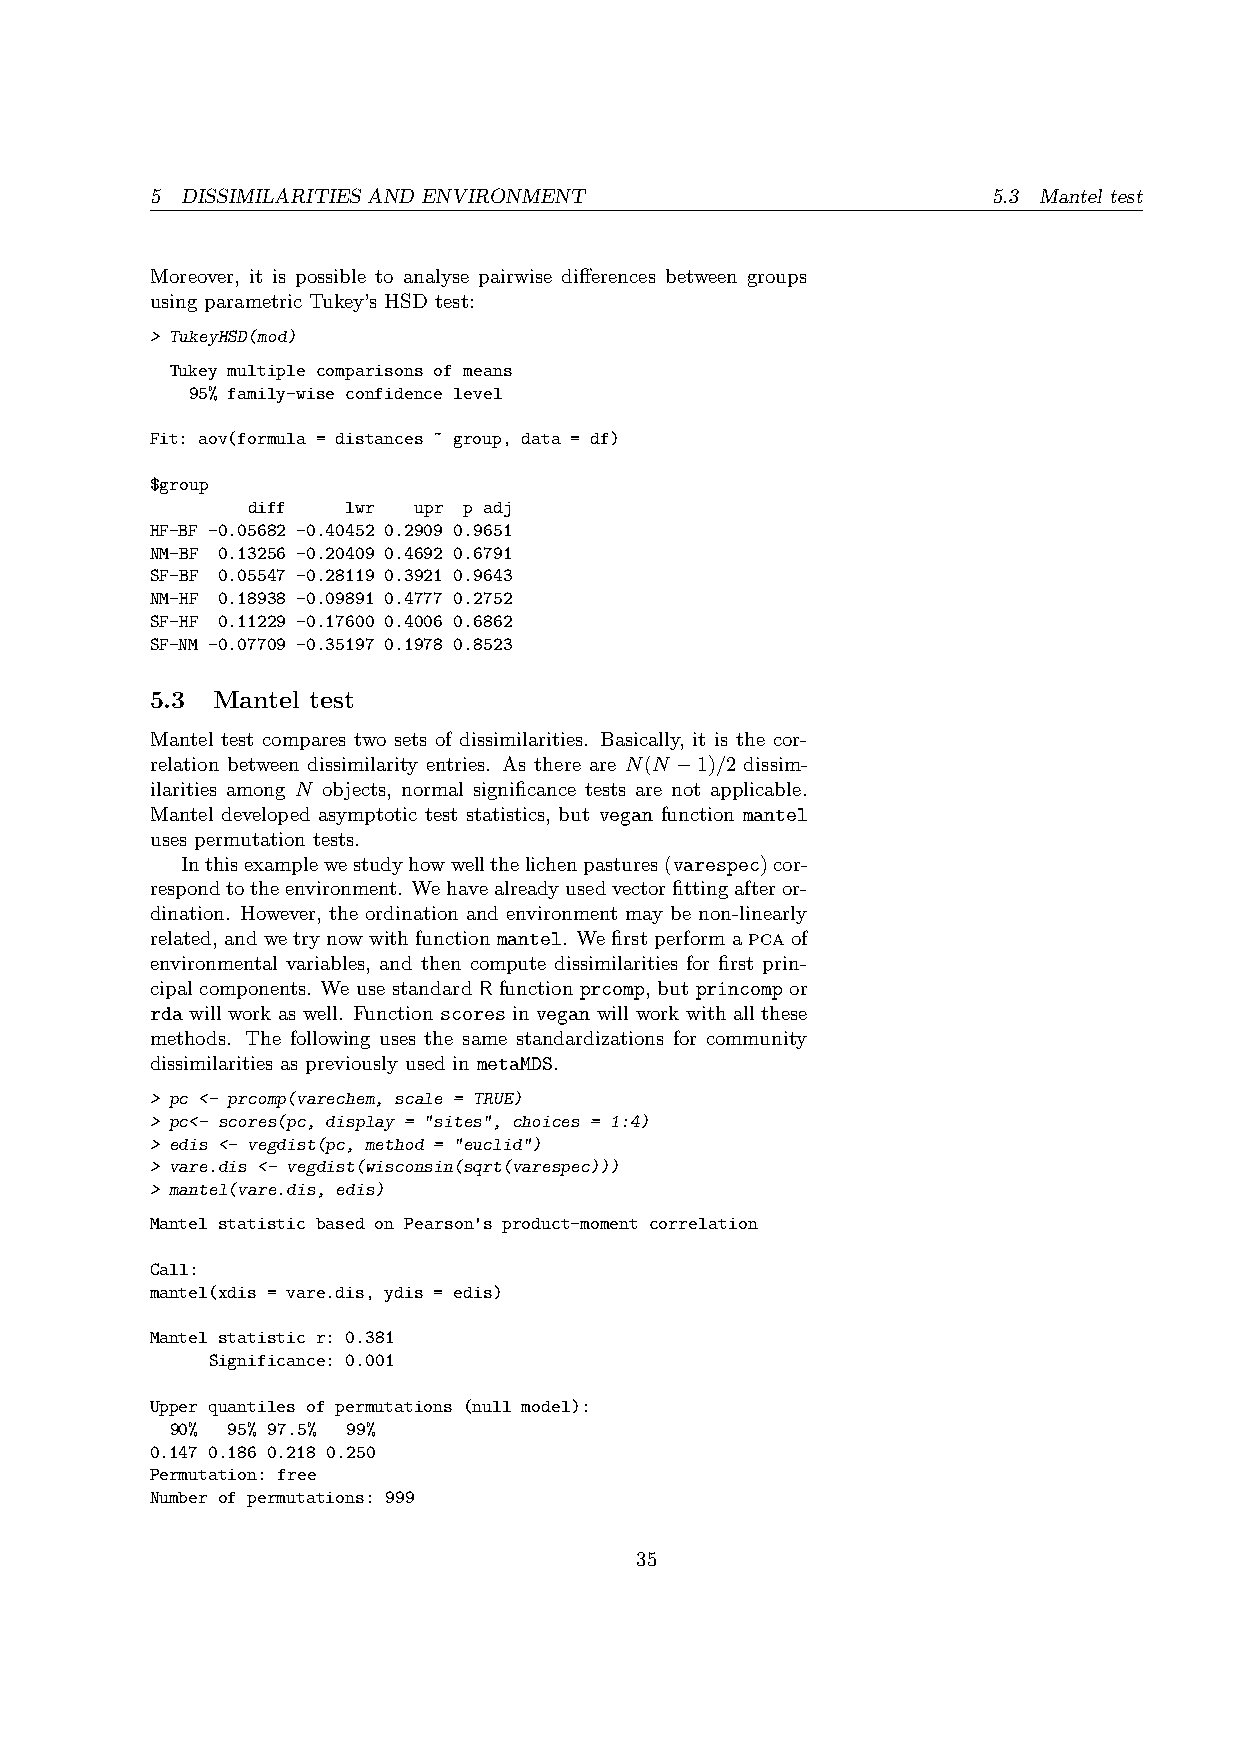
5 DISSIMILARITIES AND ENVIRONMENT                       5.3 Mantel test
 Moreover, it is possible to analyse pairwise differences between groups
 using parametric Tukey’s HSD test:
 > TukeyHSD(mod)
 Tukey multiple comparisons of means
 95% family-wise confidence level
 Fit: aov(formula = distances ~ group, data = df)
 $group
 diff   lwr upr p adj
 HF-BF -0.05682 -0.40452 0.2909 0.9651
 NM-BF 0.13256 -0.20409 0.4692 0.6791
 SF-BF 0.05547 -0.28119 0.3921 0.9643
 NM-HF 0.18938 -0.09891 0.4777 0.2752
 SF-HF 0.11229 -0.17600 0.4006 0.6862
 SF-NM -0.07709 -0.35197 0.1978 0.8523
 5.3 Mantel test
 Mantel test compares two sets of dissimilarities. Basically, it is the cor-
 relation between dissimilarity entries. As there are N(N −1)/2 dissim-
 ilarities among N objects, normal significance tests are not applicable.
 Mantel developed asymptotic test statistics, but vegan function mantel
 uses permutation tests.
 Inthisexamplewestudyhowwellthelichenpastures(varespec)cor-
 respondtotheenvironment. Wehavealreadyusedvectorfittingafteror-
 dination. However, the ordination and environment may be non-linearly
 related, andwetrynowwithfunctionmantel. Wefirstperformapcaof
 environmental variables, and then compute dissimilarities for first prin-
 cipal components. We use standard R function prcomp, but princomp or
 rda will work as well. Function scores in vegan will work with all these
 methods. The following uses the same standardizations for community
 dissimilarities as previously used in metaMDS.
 > pc <- prcomp(varechem, scale = TRUE)
 > pc<- scores(pc, display = "sites", choices = 1:4)
 > edis <- vegdist(pc, method = "euclid")
 > vare.dis <- vegdist(wisconsin(sqrt(varespec)))
 > mantel(vare.dis, edis)
 Mantel statistic based on Pearson's product-moment correlation
 Call:
 mantel(xdis = vare.dis, ydis = edis)
 Mantel statistic r: 0.381
 Significance: 0.001
 Upper quantiles of permutations (null model):
 90% 95% 97.5% 99%
 0.147 0.186 0.218 0.250
 Permutation: free
 Number of permutations: 999
 35